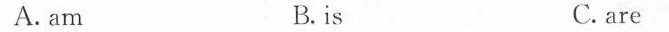
A. am B.is C. are